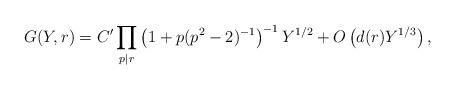
\begin{align*}G(Y,r)=C'\prod_{p\mid r}\left(1+p(p^2-2)^{-1}\right)^{-1}Y^{1/2} + O\left(d(r)Y^{1/3}\right),\end{align*}